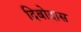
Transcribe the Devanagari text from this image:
दिबोदास